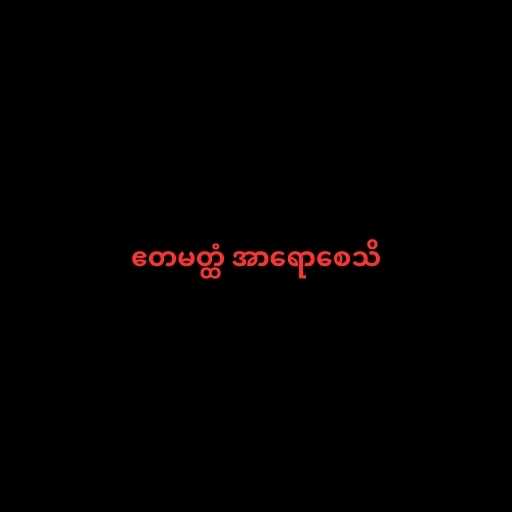
ဧတမတ္ထံ အာရောစေသိ